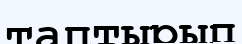
таптырып